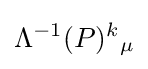
\Lambda ^{-1}(P)^{k}{}_{\mu }